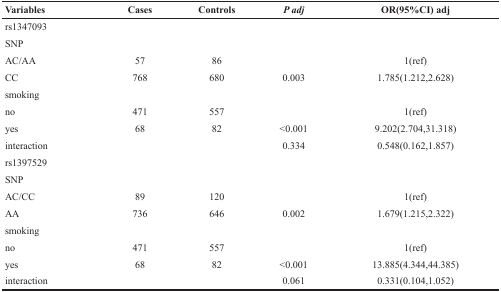
| Variables | Cases | Controls | P adj | OR(95%CI) adj |
 | --- | --- | --- | --- | --- |
 | rs1347093 |  |  |  |  |
 | SNP |  |  |  |  |
 | AC/AA | 57 | 86 |  | 1(ref) |
 | CC | 768 | 680 | 0.003 | 1.785(1.212,2.628) |
 | smoking |  |  |  |  |
 | no | 471 | 557 |  | 1(ref) |
 | yes | 68 | 82 | <0.001 | 9.202(2.704,31.318) |
 | interaction |  |  | 0.334 | 0.548(0.162,1.857) |
 | rs1397529 |  |  |  |  |
 | SNP |  |  |  |  |
 | AC/CC | 89 | 120 |  | 1(ref) |
 | AA | 736 | 646 | 0.002 | 1.679(1.215,2.322) |
 | smoking |  |  |  |  |
 | no | 471 | 557 |  | 1(ref) |
 | yes | 68 | 82 | <0.001 | 13.885(4.344,44.385) |
 | interaction |  |  | 0.061 | 0.331(0.104,1.052) |